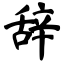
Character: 辞